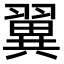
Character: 翼